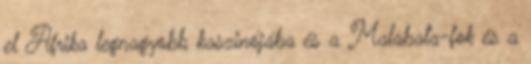
el Afrika legnagyobb kaszinójába és a Malabata-fok és a